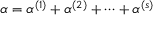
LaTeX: \alpha = \alpha ^ { ( 1 ) } + \alpha ^ { ( 2 ) } + \cdots + \alpha ^ { ( s ) }